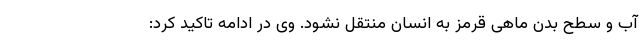
آب و سطح بدن ماهی قرمز به انسان منتقل نشود. وی در ادامه تاکید کرد: